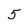
Character: 5